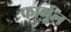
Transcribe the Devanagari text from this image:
फार्मूल